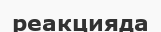
реакцияда